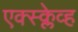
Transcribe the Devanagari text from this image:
एक्स्क्लेव्ह